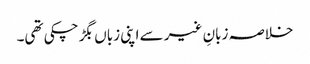
خلاصہ زبانِ غیر سے اپنی زباں بگڑ چکی تھی۔